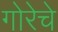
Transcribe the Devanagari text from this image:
गोरेचे